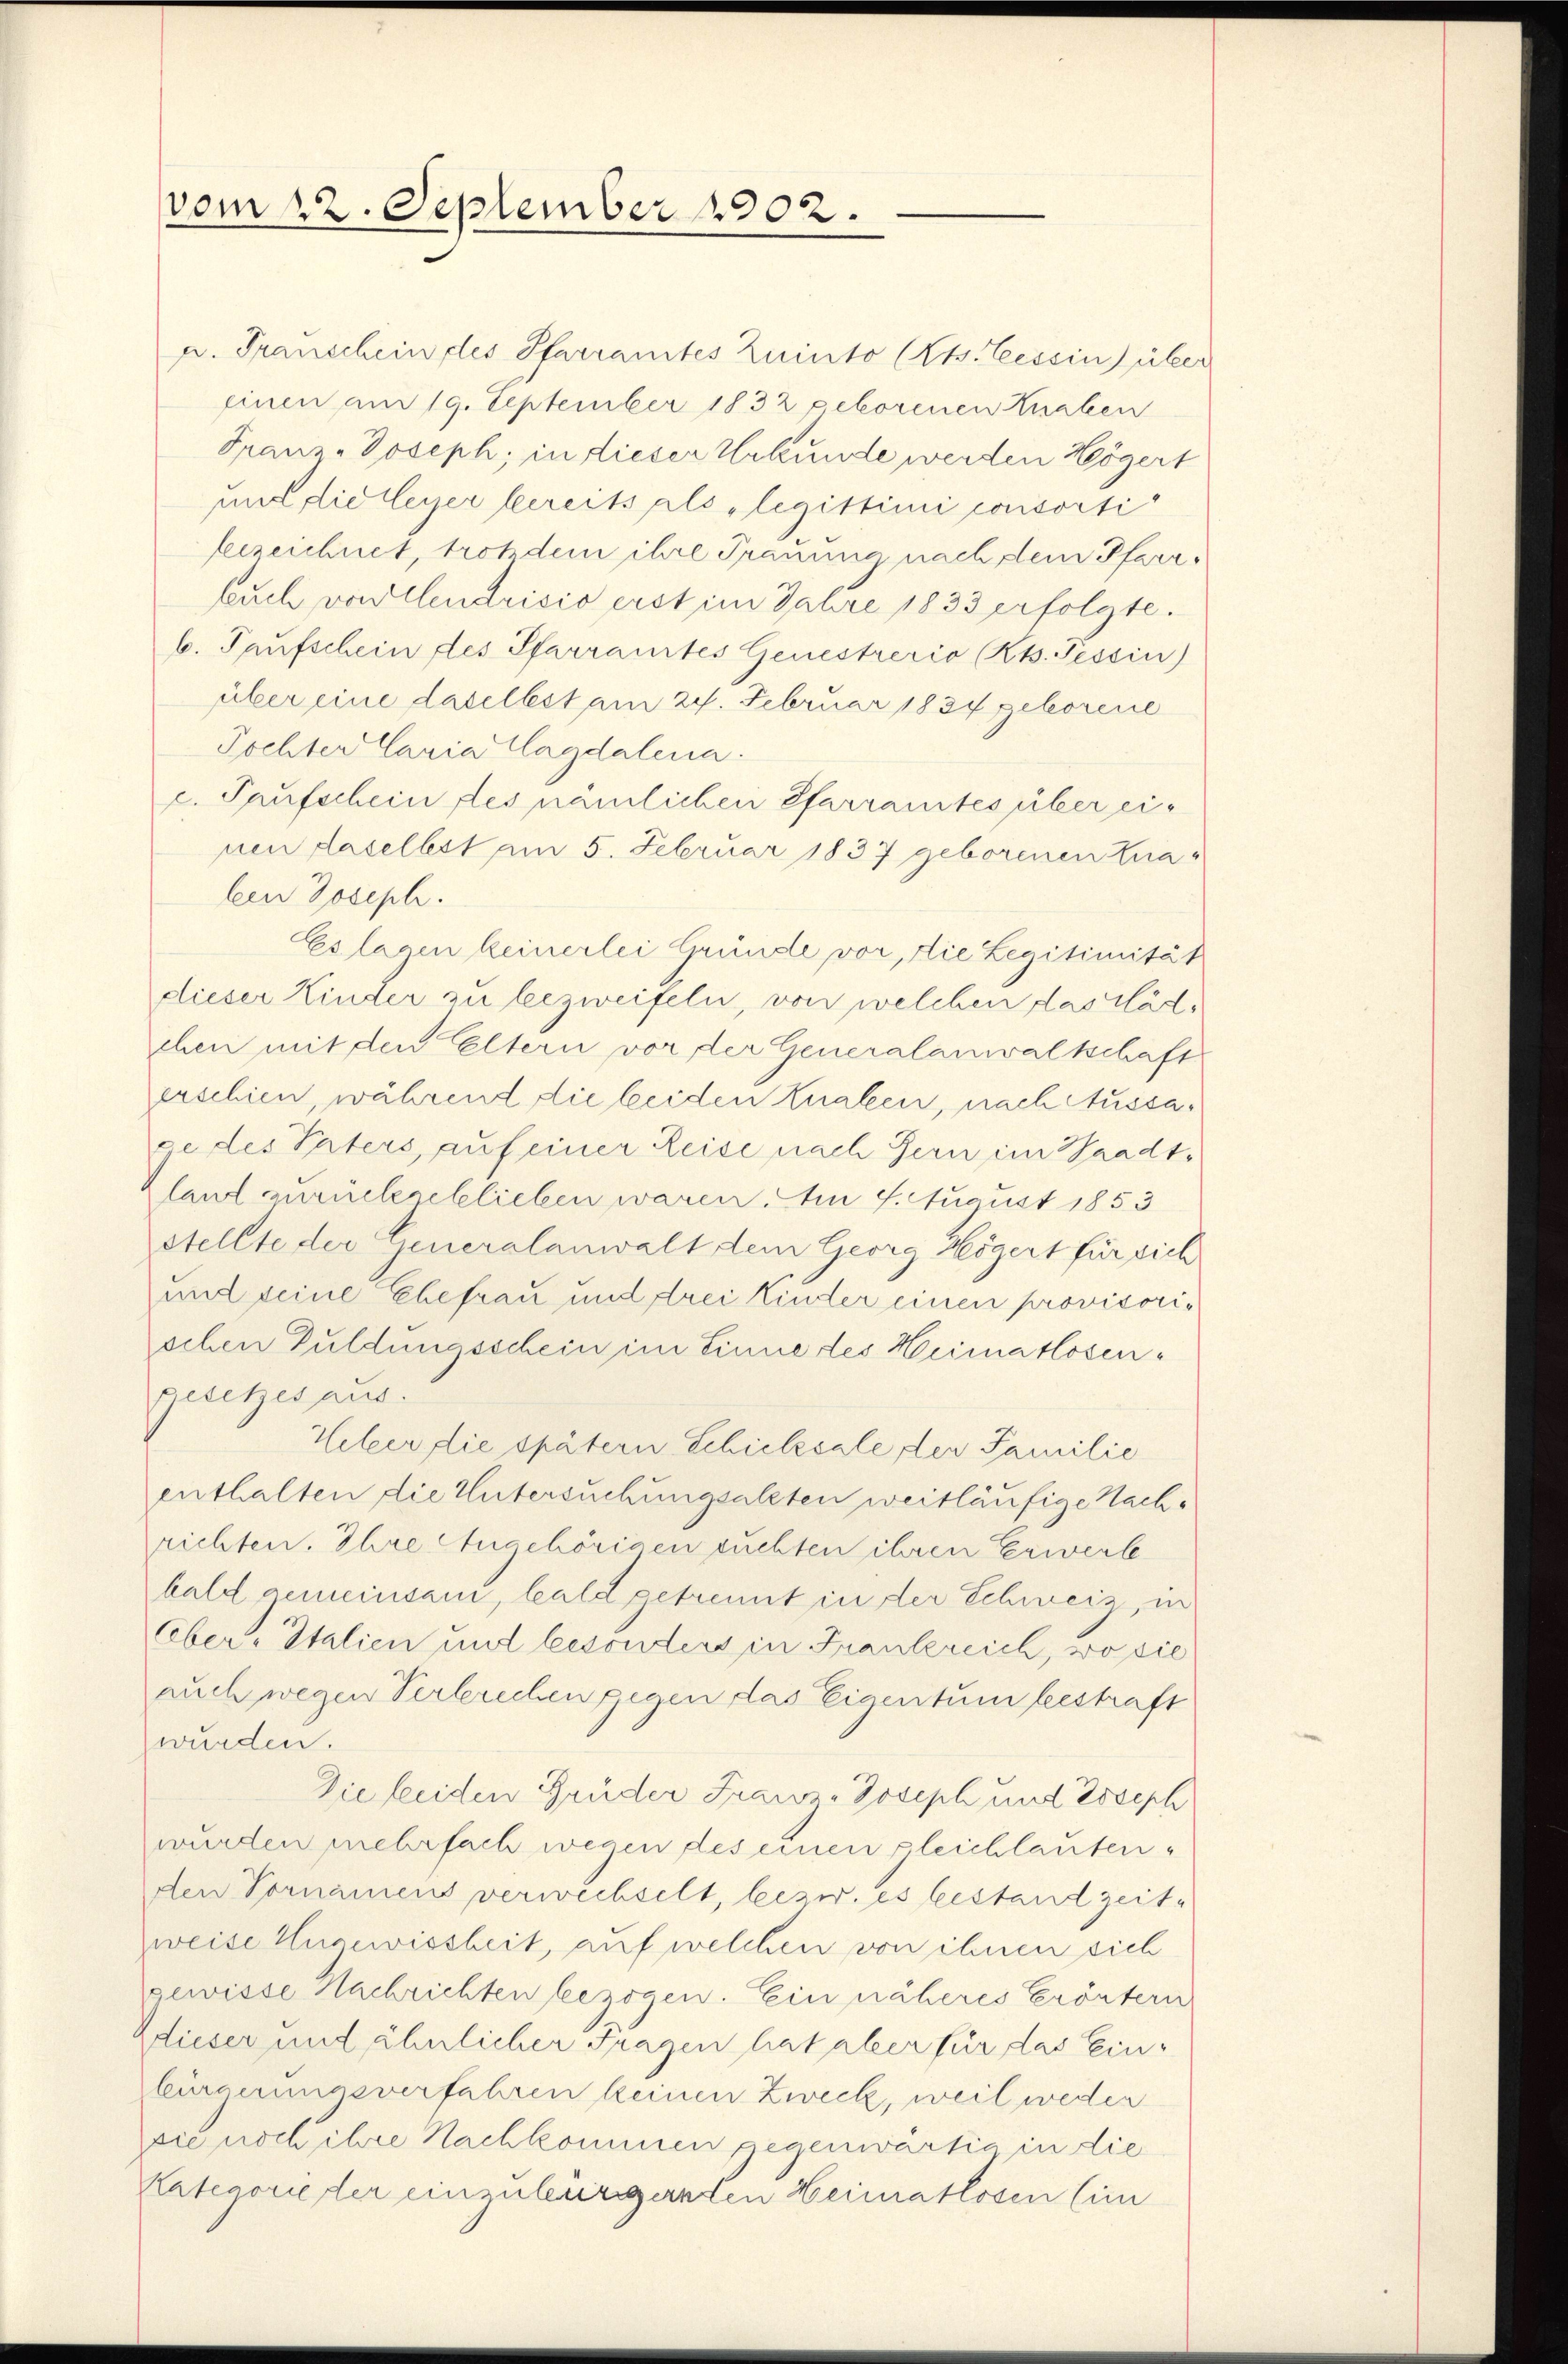
vom 22. September 1902.

p. Transchein des Pfarramtes Zunto (Cts. Tessin über
einen am 19. September 1832 pekorenen Knaben
Franz-Joseph, in dieser Urkunde werden Högert
und die leger bereits als „legittimi consorti
bezeichnet, trotzdem ihre Trauung nach dem Pfarrlauch von Centricio erst im Jahre 1833 erfolgte.
b. Taufschein des Pfarramtes Genestrerio (Kts. Tessin)
über eine daselbst am 24. Februar 1834 geborene
Tochter Caria Magdalena.
c. Paufschein des nämlichen Pfarramtes über einen daselbst am 5. Februar 1837 geborenen Knaleen Joseph.
Es lagen keinerlei Gründe vor, die Legitimität
dieser Kinder zu bezweifeln, von welchen das Mädchen mit den Eltern vor der Generalanwaltschaft
erschien, während die beiden Knaben, nach Aussage des Paters, auf einer Leise nach Bern im Waadt¬
Klant zurückgeblieben waren. Am 4. August 1853
stellte der Generalanwalt dem Georg Högert für sich
und seine Ehefrau und drei Kinder einen provisorischen Puldungsschein im Sinne des Heimatlosengesetzes aus.
Ueber die spätern Schicksale der Familie
enthalten die Untersuchungsalten weitläufige Nachrichten. Ihre Angehörigen suchten ihren Erwerb
bald gemeinsam, bald getrennt in der Schweiz, in
Ober-Italien und besonders in Frankreich, wo sie
auch wegen Verbrechen gegen das Eigentum bestraft
wurden.
Die beiden Gruder Franz-Joseph und Esseph
wurden mehrfach wegen des einen gleichlautenden Vornamens verwechselt, bezw. es bestand zeit-
weise Ungewissheit, auf welchen von ihnen sich
gewisse Nachrichten bezogen. Ein näheres Erörtern
dieser und ähnlicher Fragen hat aber für das Einbürgerungsverfahren keinen Zweck, weil weder
sie noch ihre Nachkommen gegenwärtig in die
Kategorieder einzuleursgarten Heimatlosen (im